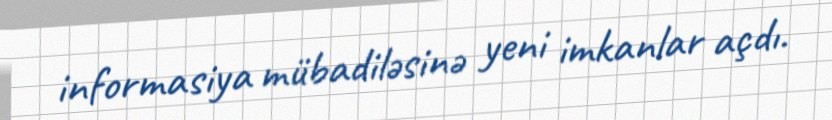
informasiya mübadiləsinə yeni imkanlar açdı.